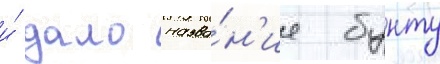
и́ дало назва́н'ие бунту